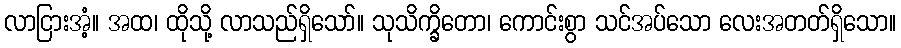
လာငြားအံ့။ အထ၊ ထိုသို့ လာသည်ရှိသော်။ သုသိက္ခိတော၊ ကောင်းစွာ သင်အပ်သော လေးအတတ်ရှိသော။